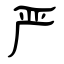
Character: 严